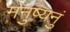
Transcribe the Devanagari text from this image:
मनुष्यनुं